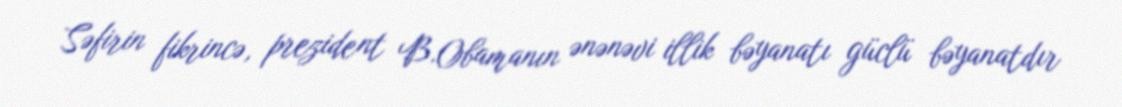
Səfirin fikrincə, prezident B.Obamanın ənənəvi illik bəyanatı güclü bəyanatdır